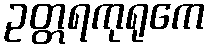
ဥတ္တရကုရုကေ